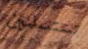
تستسلمين